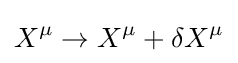
X^{\mu }\to X^{\mu }+\delta X^{\mu }